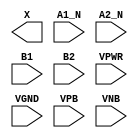
module sky130_fd_sc_ms__a2bb2o (
    X   ,
    A1_N,
    A2_N,
    B1  ,
    B2  ,
    VPWR,
    VGND,
    VPB ,
    VNB
);

    output X   ;
    input  A1_N;
    input  A2_N;
    input  B1  ;
    input  B2  ;
    input  VPWR;
    input  VGND;
    input  VPB ;
    input  VNB ;
endmodule